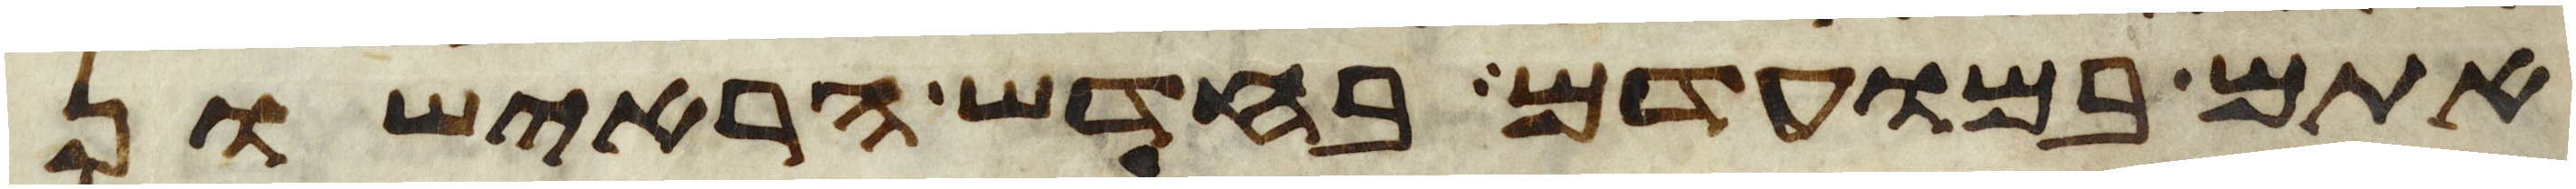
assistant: אתם במועדם בחדש הראישון